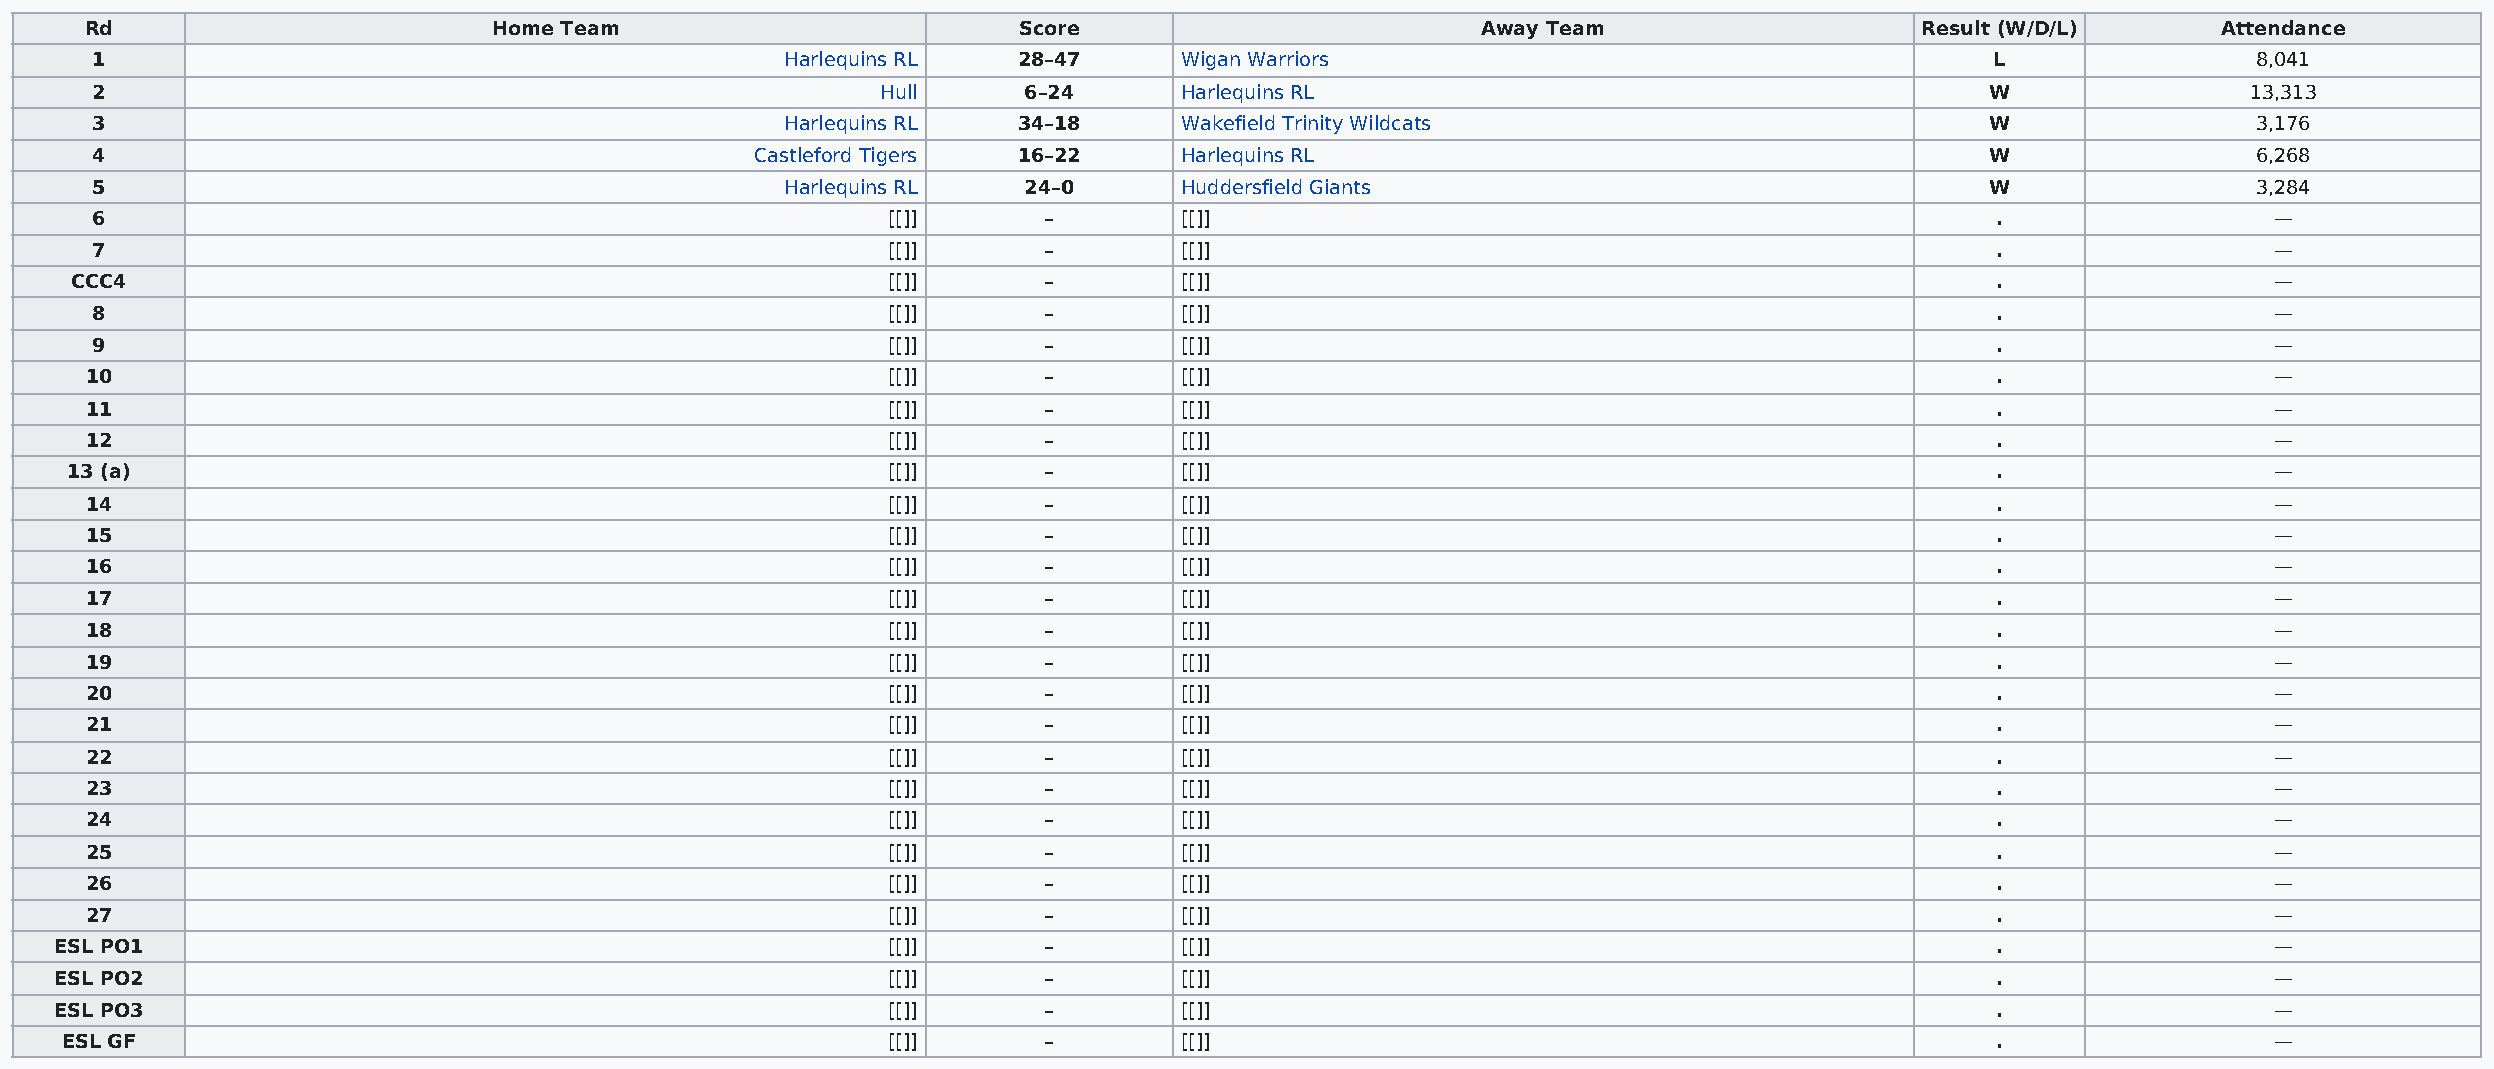
Rd                         Home Team                         Score                          Away Team                    Result (W/D/L)      Attendance
 1                                             Harlequins RL  28–47      Wigan Warriors                                        L                8,041
 2                                                   Hull      6–24      Harlequins RL                                         W                13,313
 3                                             Harlequins RL  34–18      Wakefield Trinity Wildcats                            W                3,176
 4                                           Castleford Tigers 16–22     Harlequins RL                                         W                6,268
 5                                             Harlequins RL   24–0      Huddersfield Giants                                   W                3,284
 6                                                    [[]]      –        [[]]                                                  .                  —
 7                                                    [[]]      –        [[]]                                                  .                  —
 CCC4                                                  [[]]      –        [[]]                                                  .                  —
 8                                                    [[]]      –        [[]]                                                  .                  —
 9                                                    [[]]      –        [[]]                                                  .                  —
 10                                                   [[]]      –        [[]]                                                  .                  —
 11                                                   [[]]      –        [[]]                                                  .                  —
 12                                                   [[]]      –        [[]]                                                  .                  —
 13 (a)                                                 [[]]      –        [[]]                                                  .                  —
 14                                                   [[]]      –        [[]]                                                  .                  —
 15                                                   [[]]      –        [[]]                                                  .                  —
 16                                                   [[]]      –        [[]]                                                  .                  —
 17                                                   [[]]      –        [[]]                                                  .                  —
 18                                                   [[]]      –        [[]]                                                  .                  —
 19                                                   [[]]      –        [[]]                                                  .                  —
 20                                                   [[]]      –        [[]]                                                  .                  —
 21                                                   [[]]      –        [[]]                                                  .                  —
 22                                                   [[]]      –        [[]]                                                  .                  —
 23                                                   [[]]      –        [[]]                                                  .                  —
 24                                                   [[]]      –        [[]]                                                  .                  —
 25                                                   [[]]      –        [[]]                                                  .                  —
 26                                                   [[]]      –        [[]]                                                  .                  —
 27                                                   [[]]      –        [[]]                                                  .                  —
 ESL PO1                                                [[]]      –        [[]]                                                  .                  —
 ESL PO2                                                [[]]      –        [[]]                                                  .                  —
 ESL PO3                                                [[]]      –        [[]]                                                  .                  —
 ESL GF                                                 [[]]      –        [[]]                                                  .                  —